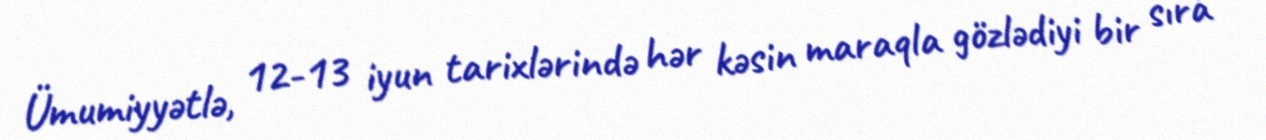
Ümumiyyətlə, 12-13 iyun tarixlərində hər kəsin maraqla gözlədiyi bir sıra